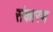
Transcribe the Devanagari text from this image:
संकारण